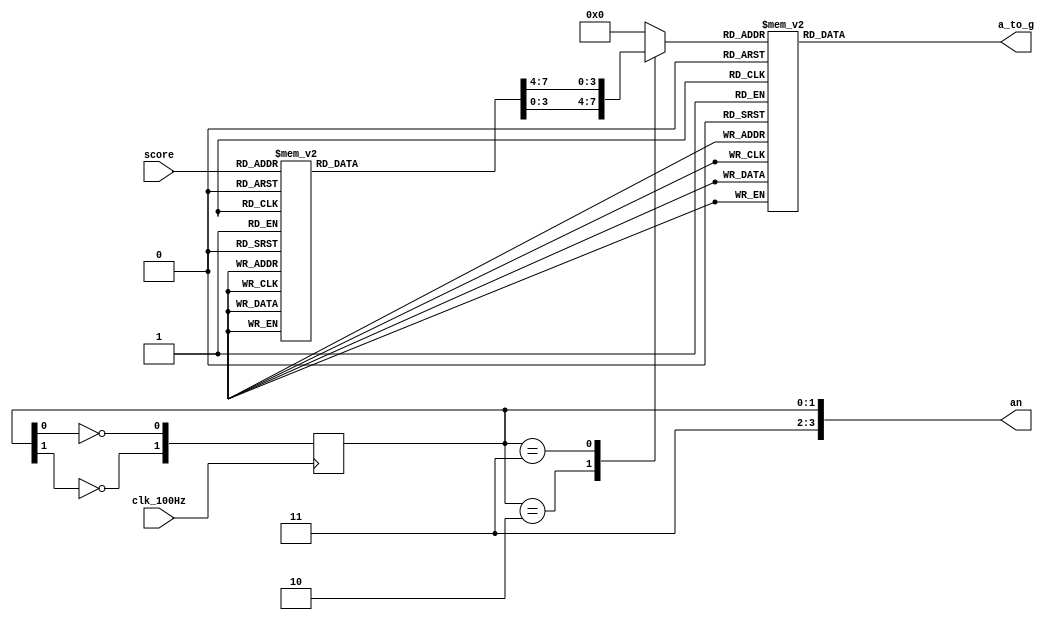
`timescale 1ns / 1ps
//////////////////////////////////////////////////////////////////////////////////
// Company: 
// Engineer: 
// 
// Design Name: 
// Module Name: Display
// Project Name: 
// Target Devices: 
// Tool Versions: 
// Description: 
// 
// Dependencies: 
// 
// Revision:
// Revision 0.01 - File Created
// Additional Comments:
// 
//////////////////////////////////////////////////////////////////////////////////


module Display(

    input wire [3:0] score,
    input wire clk_100Hz, //
    output reg [6:0] a_to_g,
    output reg [3:0] an
    );

/*****************************************************************************************************************************/
    
    reg [3:0] digit;
    reg [7:0] score_;
    
    always @ (*) begin
        case(score)
            1: score_ <= 8'b00000001;
            2: score_ <= 8'b00000010;
            3: score_ <= 8'b00000011;
            4: score_ <= 8'b00000100;
            5: score_ <= 8'b00000101;
            6: score_ <= 8'b00000110;
            7: score_ <= 8'b00000111;
            8: score_ <= 8'b00001000;
            9: score_ <= 8'b00001001;
            10: score_ <= 8'b00010000;
            11: score_ <= 8'b00010001;
            12: score_ <= 8'b00010010;
            13: score_ <= 8'b00010011;
            default: score_ <= 8'b00000000;
        endcase
    end
    
    
    initial begin 
          an <= 4'b1110;
    end
    
    always @ (posedge clk_100Hz) begin
        an[0] <= ~an[0];
        an[1] <= ~an[1]; 
    end
    
    //
    
    always @ (*) begin
        case(an)
            14: digit <= score_[3:0];
            15: digit <= score_[7:4];
            default : digit <= 4'b0000;
        endcase
    end
    
    always @ (*) begin
        case(digit)
            0: a_to_g <= 7'b0000001; 
            1: a_to_g <= 7'b1001111; 
            2: a_to_g <= 7'b0010010; 
            3: a_to_g <= 7'b0000110; 
            4: a_to_g <= 7'b1001100; 
            5: a_to_g <= 7'b0100100; 
            6: a_to_g <= 7'b0100000; 
            7: a_to_g <= 7'b0001111; 
            8: a_to_g <= 7'b0000000; 
            9: a_to_g <= 7'b0000100; 
            default: a_to_g <= 7'b0000001;
            endcase
    end


    
/*****************************************************************************************************************************/
    
endmodule